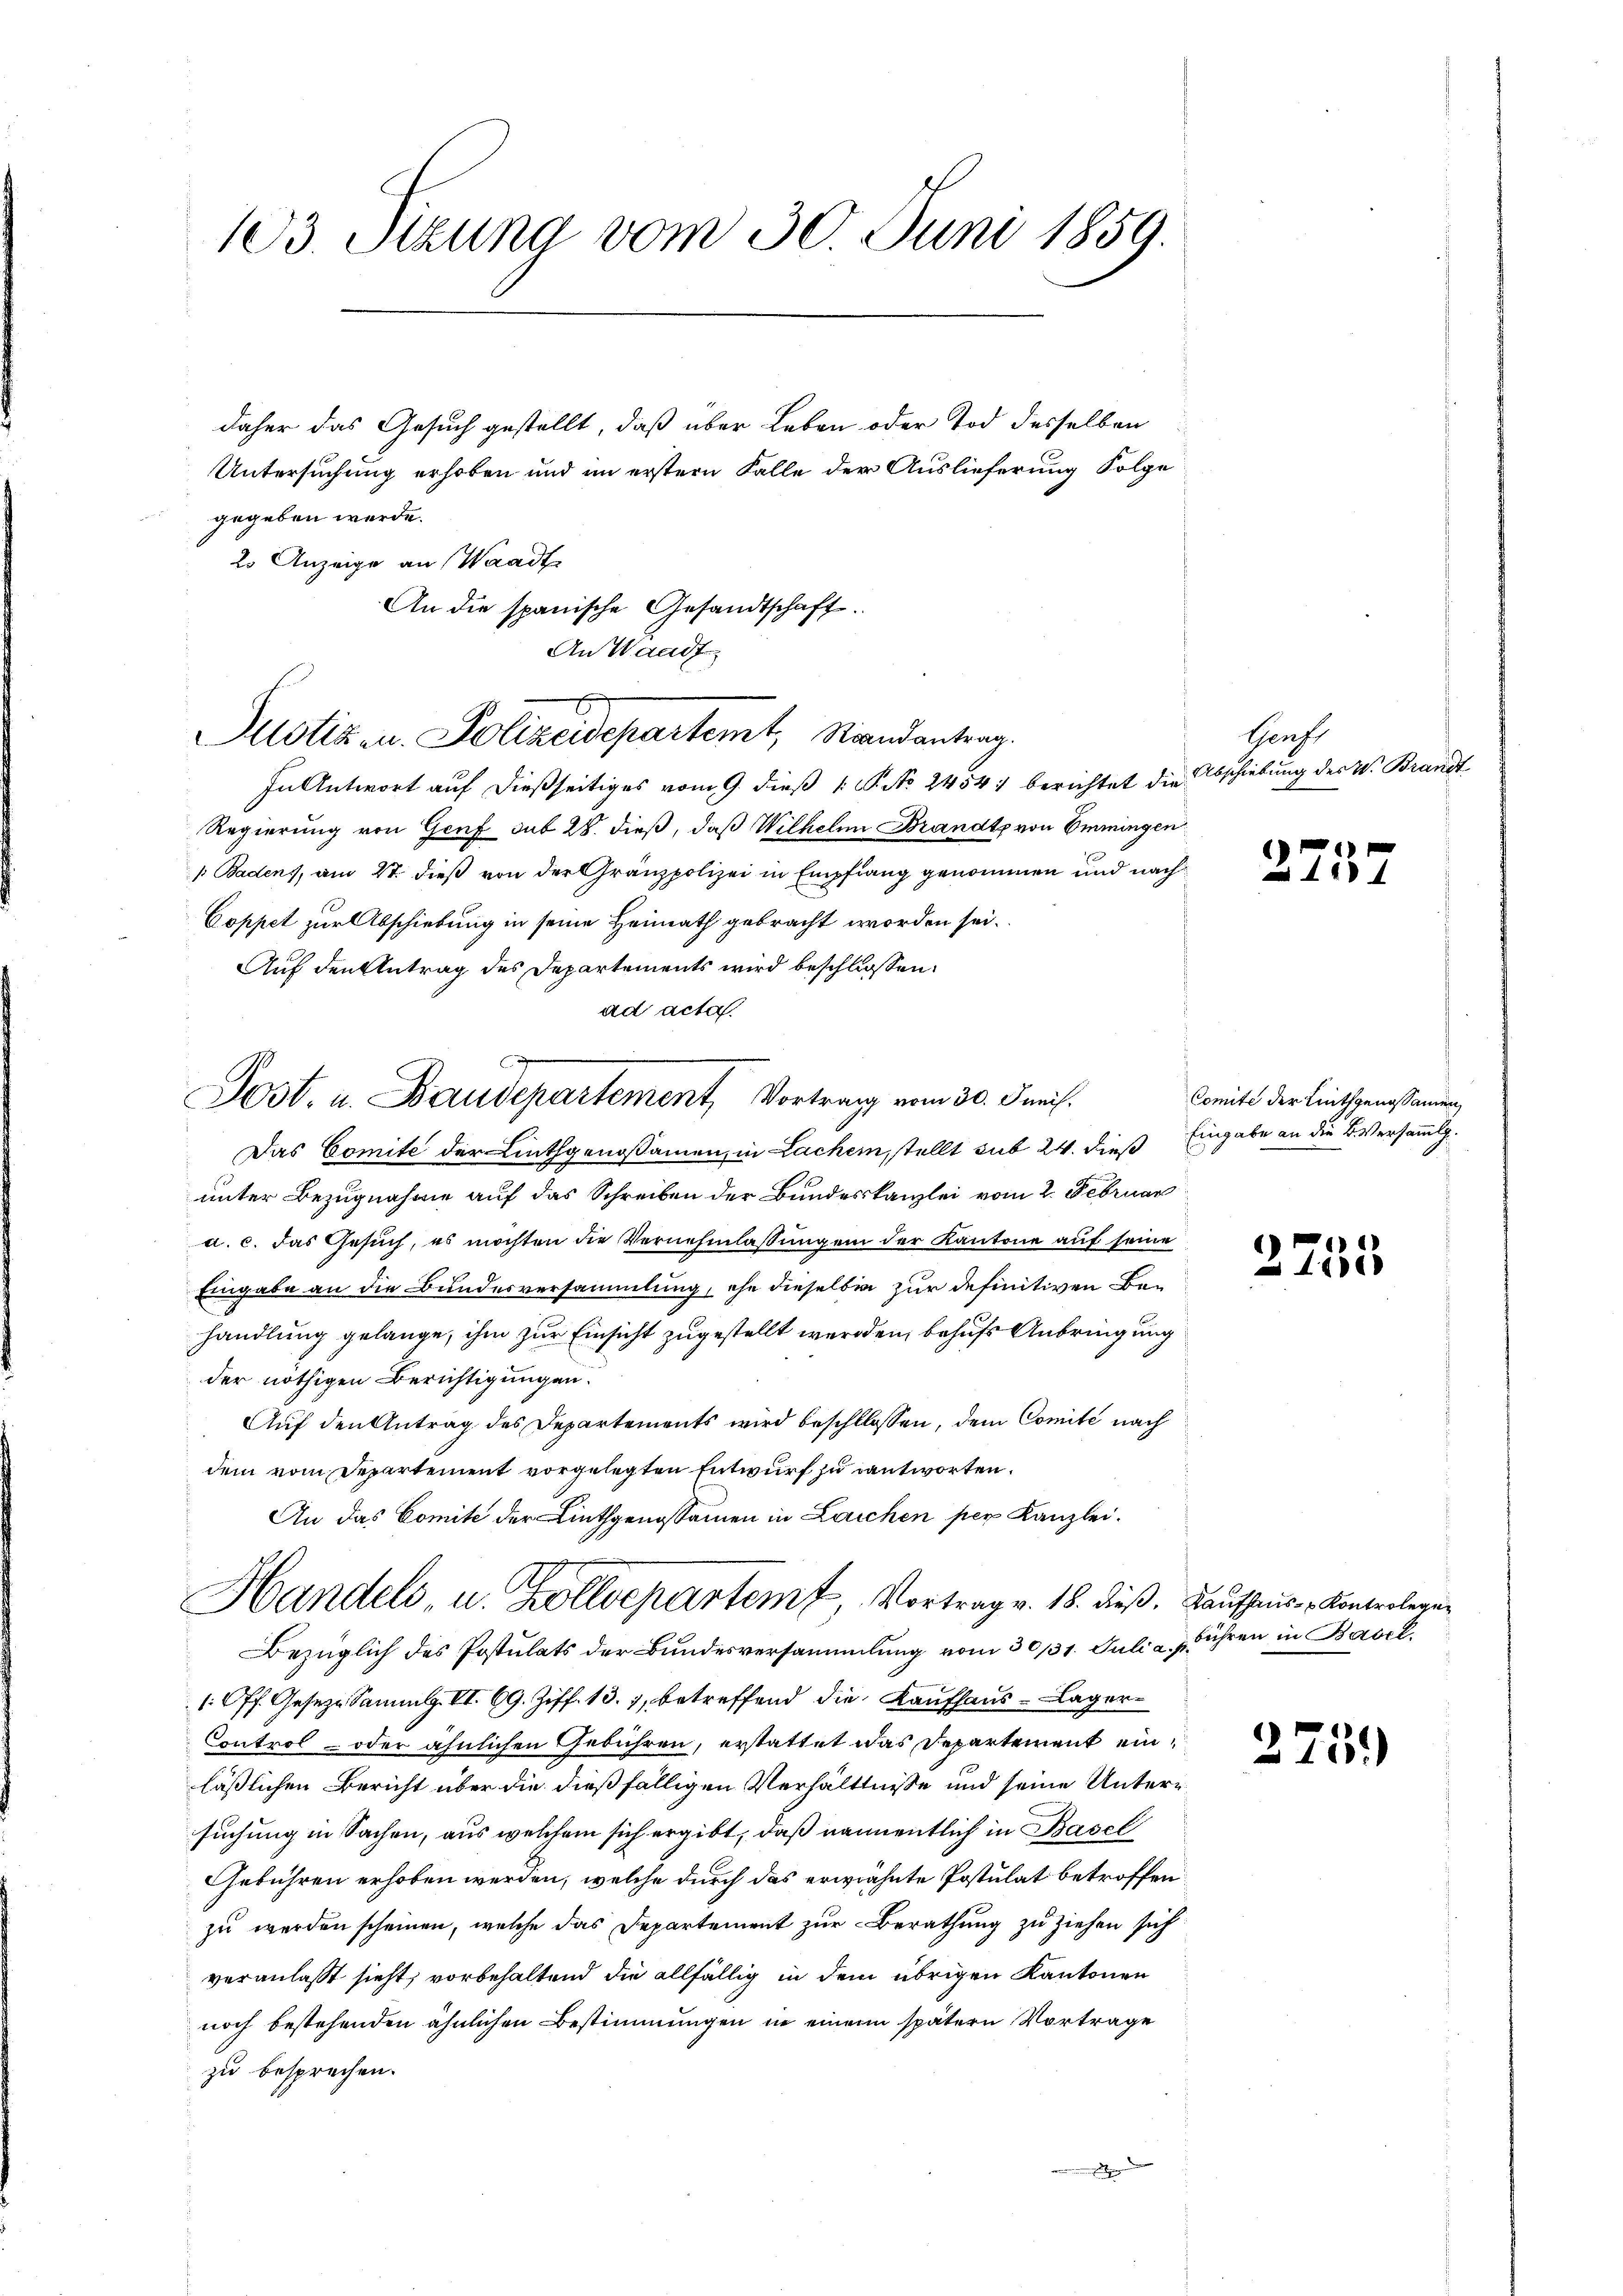
103. Sitzung vom 30. Juni 1859.

daher das Gesuch gestellt, daß über Leben oder Tod desselben
Untersuchung erhoben und im erstern Falle der Auslieferung Folge
gegeben werde.
2o Anzeige an Waadt
An die spanische Gesandtschaft.
An Waadt

Justizen Polizeidepartemt, Randantrag.

Post- u. Baudepartement, Vortrag vom 30. Junis.

In Antwort auf dießseitiges vom 9. dieß 1 S. No 2454. berichtet die Abschiebung des W. Brandt
Regierung von Genf sub 28. dieß, daß Wilhelm Brandt, von Emmingen
1 Badens, am 27. dieß von der Gränzpolizei in Empfang genommen und nach¬
Coppet zur Abschiebung in seine Heimath gebracht worden sei.
Auf den Antrag des Departements wird beschlossen:
ad acta.
Das Comite der Linthgenossammen, in Lachen, stellt sub 24. dieß
unter Bezugnahme auf das Schreiben der Bundeskanzlei vom 2. Februar
u. c. das Gesuch, es möchten die Vernehmlassungen der Kantone auf seine
Eingabe an die Bundesversammlung, ehe dieselben zur definitiven Beg
handlung gelange, ihm zur Einsicht zugestellt werden, behufs Anbringung
der nöthigen Berichtigungen.
Auf den Antrag des Departements wird beschlossen, dem Comité nach
dem vom Departement vorgelegten Entwurf zu antworten.
An das Comite der Linthgenossammen in Laichen per Kanzlei.
Handels, u. Zolldepartem Vortrag v. 18. dieß, Kaufhnis - Kontrolegun
Bezüglich des Postulats der Bundesversammlung vom 30/31. Juli a. p. führen in Basel.
(Off. Gesetze Sammlg. VI. 69. Ziff. 13. 7, betreffend die Kaufhaus- Lager¬
Control- oder ähnlichen Gebühren, erstattet das Departement einläßlichen Bericht über die dießfälligen Verhältnisse und seine Untern
suchung in Sachen, aus welchem sich ergibt, daß namentlich in Basel
Gebühren erhoben werden, welche durch das erwähnte Postulat betroffen
zu werden scheinen, welche das Departement zur Berathung zu ziehen sich
veranlasst sieht, vorbehaltend die allfällig in dem übrigen Kantonen
noch bestehenden ähnlichen Bestimmungen in einem spätern Vortrage
zu besprechen.

Gerft

275

Comite der Linthgenossamen,
Eingabe an die B. Versammlg.

2733

275.)